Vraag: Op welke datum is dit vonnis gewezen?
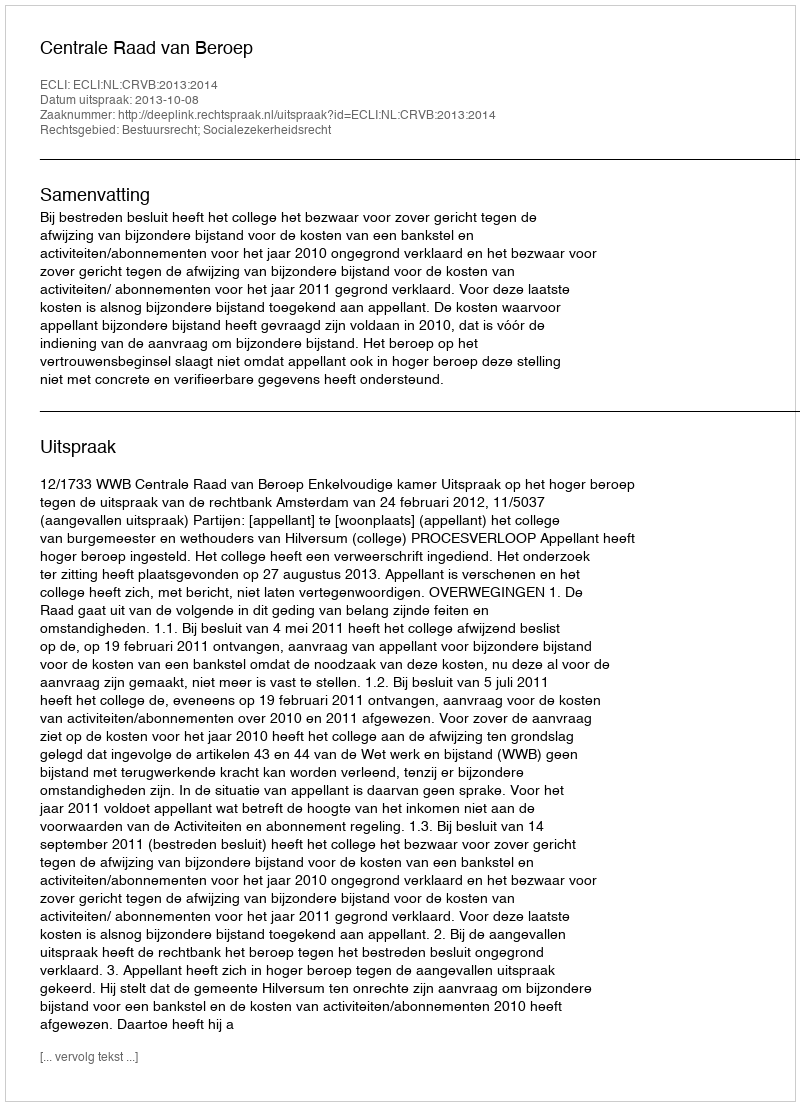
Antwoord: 2013-10-08